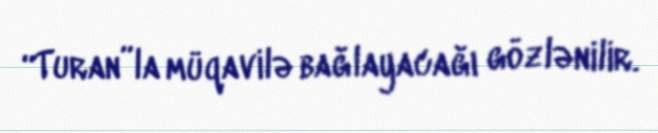
“Turan”la müqavilə bağlayacağı gözlənilir.